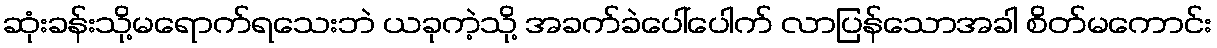
ဆုံးခန်းသို့မရောက်ရသေးဘဲ ယခုကဲ့သို့ အခက်ခဲပေါ်ပေါက် လာပြန်သောအခါ စိတ်မကောင်း